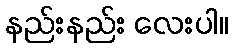
နည်းနည်း လေးပါ။